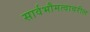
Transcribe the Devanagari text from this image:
सार्वभौमत्वावरील